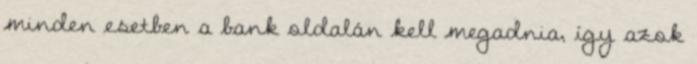
minden esetben a bank oldalán kell megadnia, így azok